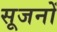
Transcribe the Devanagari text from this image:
सूजनों